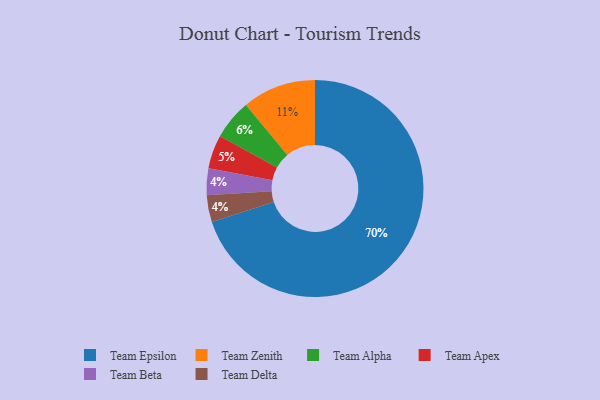
{"axis": {"x": "Category", "y": "Percentage"}, "legend": ["Team Alpha", "Team Apex", "Team Beta", "Team Delta", "Team Epsilon", "Team Zenith"], "data": [{"x": "Team Apex", "y": 5, "type": "Team Apex"}, {"x": "Team Beta", "y": 4, "type": "Team Beta"}, {"x": "Team Alpha", "y": 6, "type": "Team Alpha"}, {"x": "Team Zenith", "y": 11, "type": "Team Zenith"}, {"x": "Team Epsilon", "y": 70, "type": "Team Epsilon"}, {"x": "Team Delta", "y": 4, "type": "Team Delta"}]}